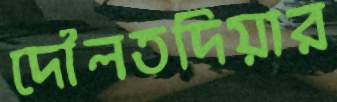
দৌলতদিয়ার